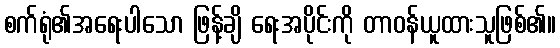
စက်ရုံ၏အရေးပါသော ဖြန့်ချိ ရေးအပိုင်းကို တာဝန်ယူထားသူဖြစ်၏။